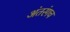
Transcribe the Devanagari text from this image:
अंतरंगच